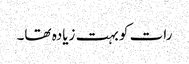
رات کو بہت زیادہ تھا۔